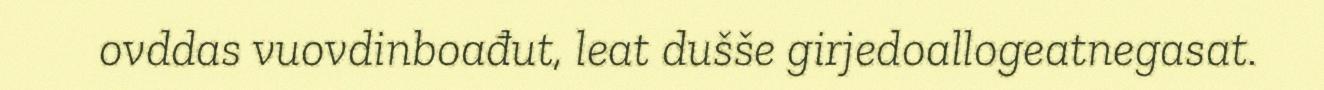
ovddas vuovdinboađut, leat dušše girjedoallogeatnegasat.